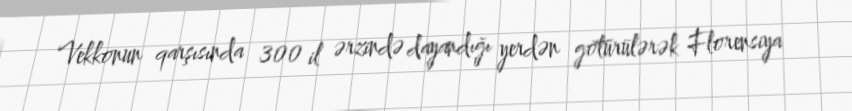
Vekkonun qarşısında 300 il ərzində dayandığı yerdən götürülərək Florensiya